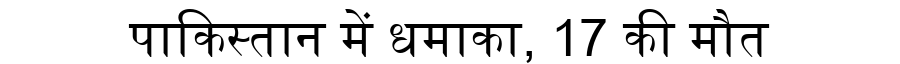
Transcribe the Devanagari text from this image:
पाकिस्तान में धमाका, 17 की मौत